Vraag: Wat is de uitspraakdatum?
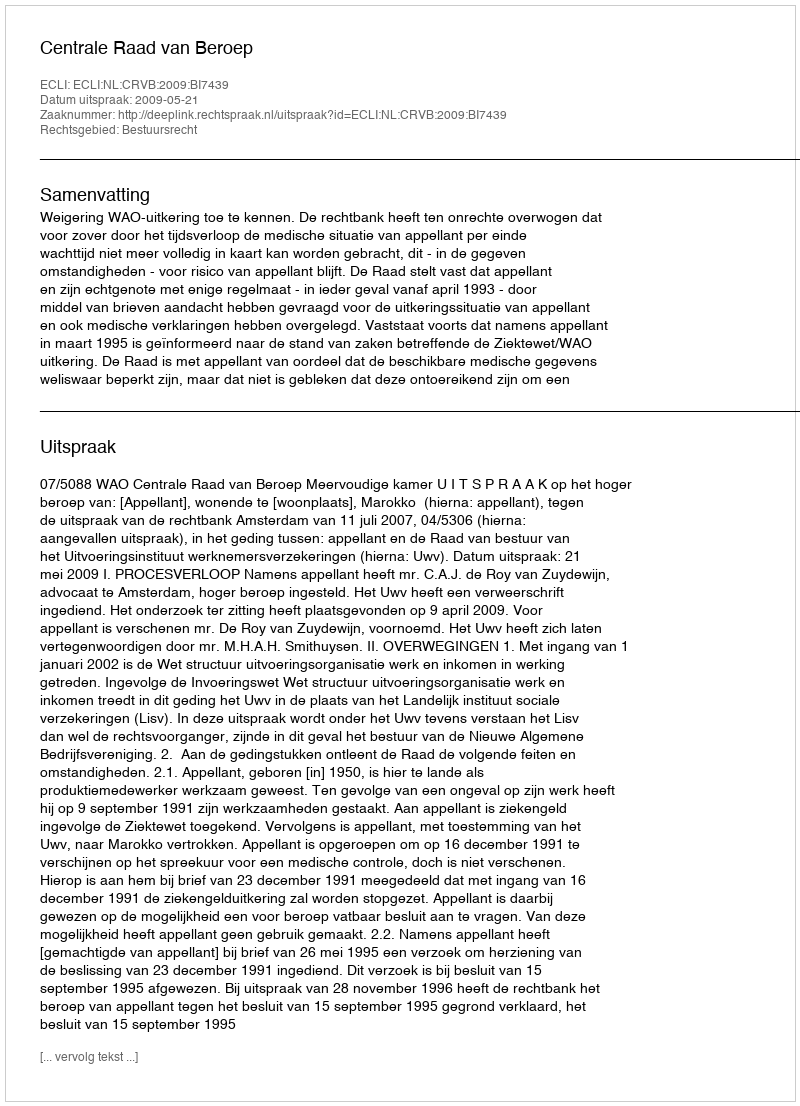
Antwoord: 2009-05-21